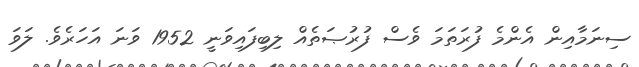
ސިނަމާއިން އެންމެ ފުރަތަމަ ވެސް ފުރުޞަތެއް ލިބިފައިވަނީ 1952 ވަނަ އަހަރެވެ. ލަވަ